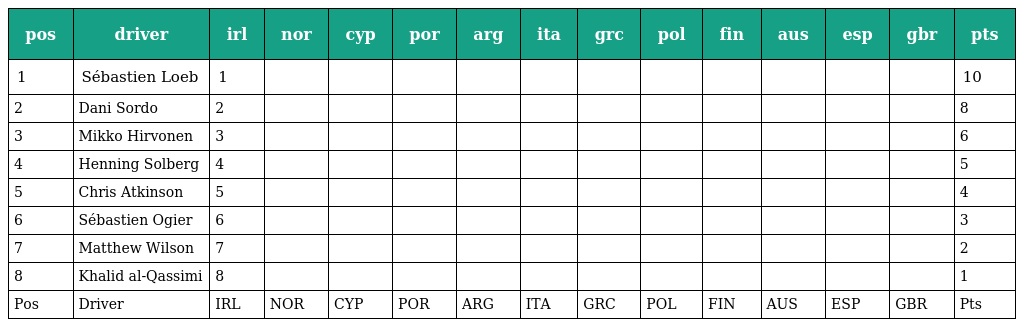
| pos | driver | irl | nor | cyp | por | arg | ita | grc | pol | fin | aus | esp | gbr | pts |
 | --- | --- | --- | --- | --- | --- | --- | --- | --- | --- | --- | --- | --- | --- | --- |
 | 1 | Sébastien Loeb | 1 |  |  |  |  |  |  |  |  |  |  |  | 10 |
 | 2 | Dani Sordo | 2 |  |  |  |  |  |  |  |  |  |  |  | 8 |
 | 3 | Mikko Hirvonen | 3 |  |  |  |  |  |  |  |  |  |  |  | 6 |
 | 4 | Henning Solberg | 4 |  |  |  |  |  |  |  |  |  |  |  | 5 |
 | 5 | Chris Atkinson | 5 |  |  |  |  |  |  |  |  |  |  |  | 4 |
 | 6 | Sébastien Ogier | 6 |  |  |  |  |  |  |  |  |  |  |  | 3 |
 | 7 | Matthew Wilson | 7 |  |  |  |  |  |  |  |  |  |  |  | 2 |
 | 8 | Khalid al-Qassimi | 8 |  |  |  |  |  |  |  |  |  |  |  | 1 |
 | Pos | Driver | IRL | NOR | CYP | POR | ARG | ITA | GRC | POL | FIN | AUS | ESP | GBR | Pts |